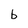
Character: b